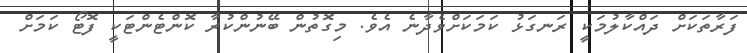
ފަރާތަކަށް ދައްކާލުމަކީ ރަނގަޅު ކަމަކަށްވެދާނެ އެވެ. މިގޮތުން ބޭނުންކުރާ ކޮންޓެންޓަކީ ފޮޓޯ ކަމަށް